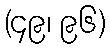
(၄၉၊ ၉၆)